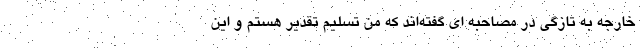
خارجه به تازگی در مصاحبه ای گفته‌اند که من تسلیم تقدیر هستم و این